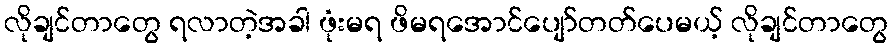
လိုချင်တာတွေ ရလာတဲ့အခါ ဖုံးမရ ဖိမရအောင်ပျော်တတ်ပေမယ့် လိုချင်တာတွေ